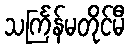
သင်္ကြန်မတိုင်မီ